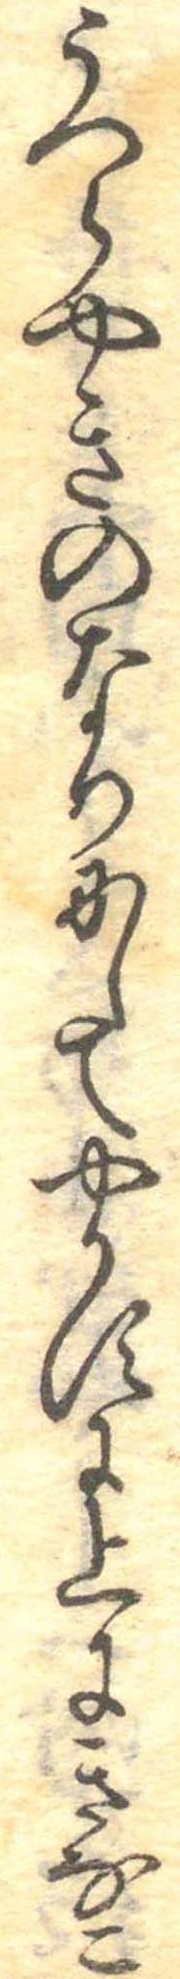
うつらやきのなりにしてやかすに上にきなこ